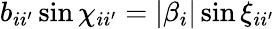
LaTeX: b_{ii^{\prime}}\sin\chi_{ii^{\prime}}=|\beta_{i}|\sin\xi_{ii^{\prime}}